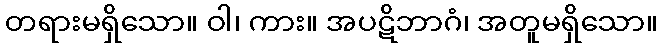
တရားမရှိသော။ ဝါ၊ ကား။ အပဋိဘာဂံ၊ အတူမရှိသော။